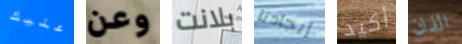
عليك وعن بلانت إيجادنا أكيد الذان